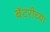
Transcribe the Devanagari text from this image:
बॅटरीच्या